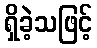
ရှိခဲ့သဖြင့်